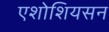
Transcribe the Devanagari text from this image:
एशोशियसन